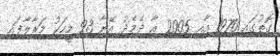
ގޮތުގައި 1970 އާއި 2005 އާ ދެމެދު އޭނާ 93 މީހަކު މަރާލާފައި